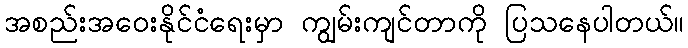
အစည်းအဝေးနိုင်ငံရေးမှာ ကျွမ်းကျင်တာကို ပြသနေပါတယ်။